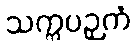
သက္ကပဉှကံ